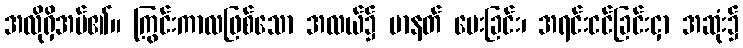
အလိုရှိအပ်၏။ ကြွင်းကာလဖြစ်သော အလယ်၌ မာနတ် ပေးခြင်း၊ အရင်းငင်ခြင်းငှာ အဆုံး၌